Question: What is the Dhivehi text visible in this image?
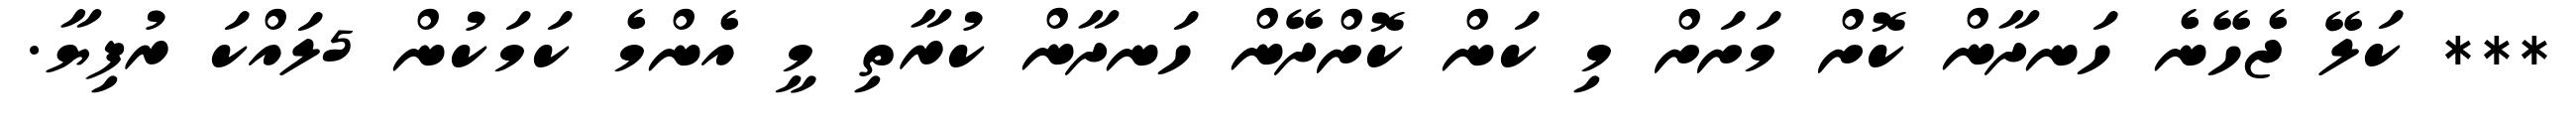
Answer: *** ކަލޭ ޖެހޭނެ ހަނދާން ކޮށް މަށަށް މި ކަން ކޮށްދޭން ހަނދާން ކުރާތި މީ އެންމެ ކަމަކުން 5ލައްކަ ރުފިޔާ.